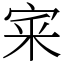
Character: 宷